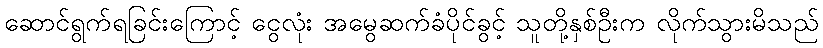
ဆောင်ရွက်ရခြင်းကြောင့် ငွေလုံး အမွေဆက်ခံပိုင်ခွင့် သူတို့နှစ်ဦးက လိုက်သွားမိသည်